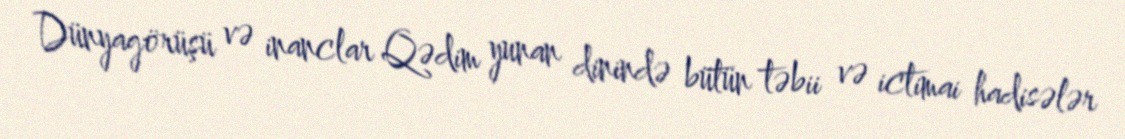
Dünyagörüşü və inanclar Qədim yunan dinində bütün təbii və ictimai hadisələr